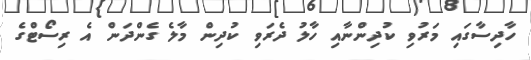
ހާދިސާގައި މަރުވި ކުދިންނާއި ހާލު ދެރަވި ކުދިން މާލެ ގެންދަން އެ ރިސޯޓްގެ